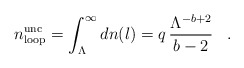
\begin{align*}n_{\rm loop}^{\rm unc}=\int_{\Lambda}^{\infty}dn(l)=q\,\frac{\Lambda^{-b+2}}{b-2}\,\,\,\,\,.\,\,\,\,\,\end{align*}